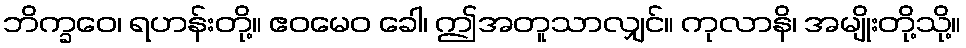
ဘိက္ခဝေ၊ ရဟန်းတို့။ ဧဝမေဝ ခေါ၊ ဤအတူသာလျှင်။ ကုလာနိ၊ အမျိုးတို့သို့။